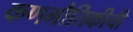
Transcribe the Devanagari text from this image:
कणभौतिकीची